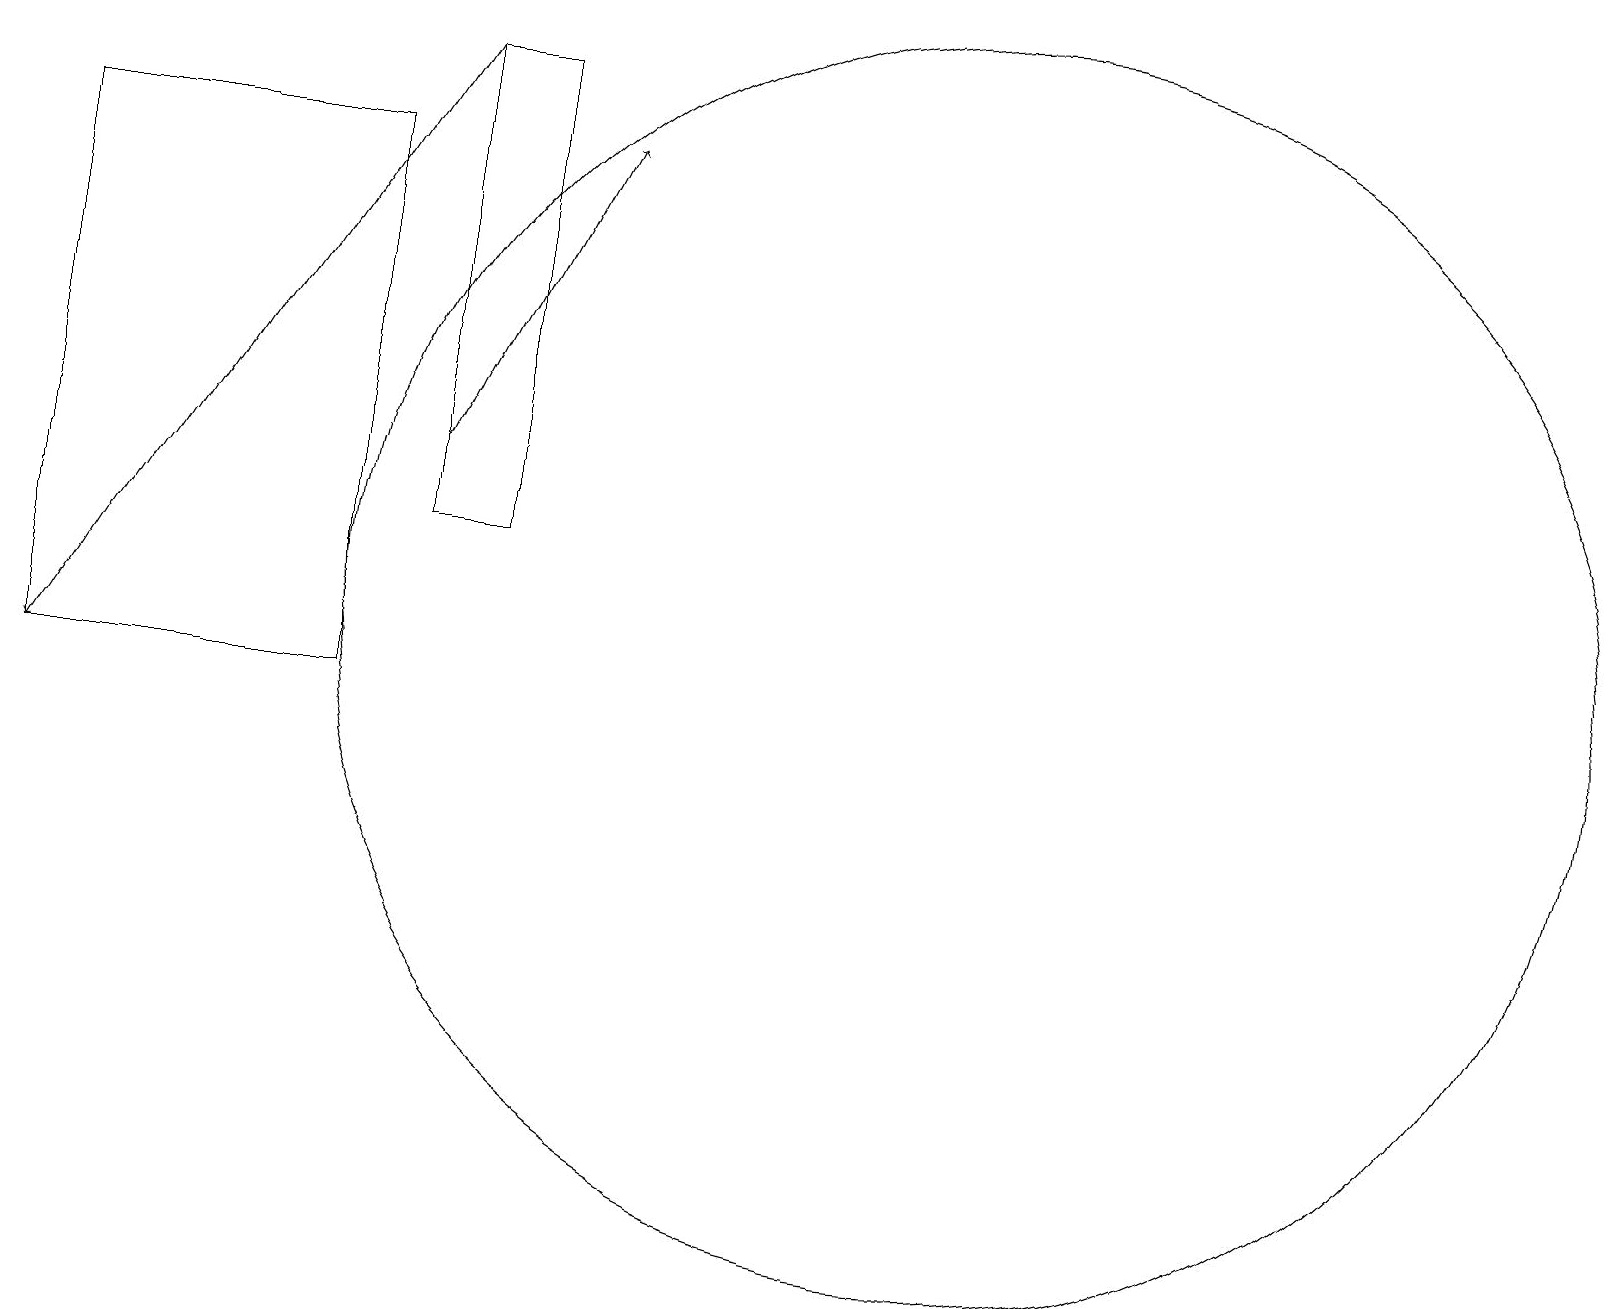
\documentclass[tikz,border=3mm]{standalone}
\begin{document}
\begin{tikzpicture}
\draw (6,13) rectangle (5,19);
\draw (12,12) circle (8);
\draw (4,18) rectangle (0,11);
\draw[->] (5,14) -- (7,18);
\draw[->] (5,19) -- (0,11);
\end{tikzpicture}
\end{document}